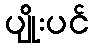
ပျိုးပင်